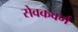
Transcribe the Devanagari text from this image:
सेवकवर्ग